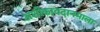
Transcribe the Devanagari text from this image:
अशोकावदानमाला